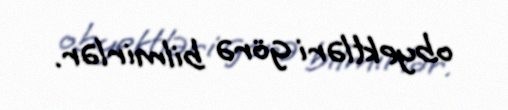
obyektləri görə bilmirlər.